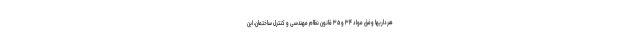
هرداریها وفق مواد ۳۴ و ۳۵ قانون نظام مهندسی و کنترل ساختمان، این